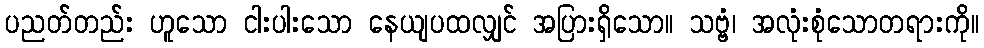
ပညတ်တည်း ဟူသော ငါးပါးသော နေယျပထလျှင် အပြားရှိသော။ သဗ္ဗံ၊ အလုံးစုံသောတရားကို။